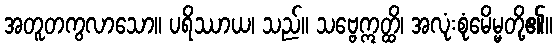
အတူတကွလာသော။ ပရိဿာယ၊ သည်။ သဗ္ဗေဣတ္ထိ၊ အလုံးစုံမေိမ္မတို့၏။